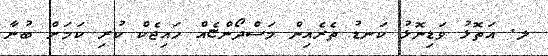
ލ. އަތޮޅު ވަޑިނޮޅު ކަނޑު ތެރެއިން މަސްދޯންޏެއް ހައިޖެކް ކުރި ކަމަށް ބުނާ